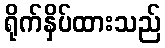
ရိုက်နှိပ်ထားသည်